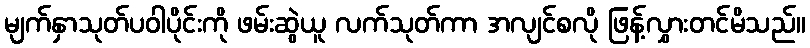
မျက်နှာသုတ်ပဝါပိုင်းကို ဖမ်းဆွဲယူ လက်သုတ်ကာ အလျင်စလို ဖြန့်လွှားတင်မိသည်။